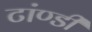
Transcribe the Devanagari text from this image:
टांण्डी